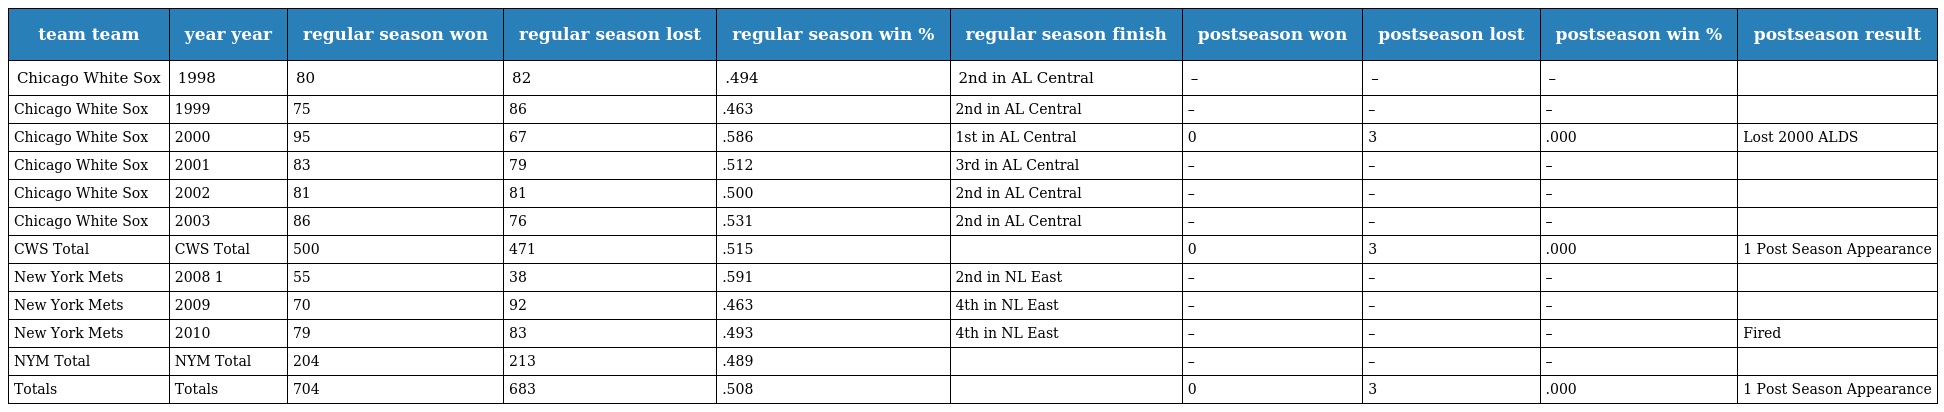
| team team | year year | regular season won | regular season lost | regular season win % | regular season finish | postseason won | postseason lost | postseason win % | postseason result |
 | --- | --- | --- | --- | --- | --- | --- | --- | --- | --- |
 | Chicago White Sox | 1998 | 80 | 82 | .494 | 2nd in AL Central | – | – | – |  |
 | Chicago White Sox | 1999 | 75 | 86 | .463 | 2nd in AL Central | – | – | – |  |
 | Chicago White Sox | 2000 | 95 | 67 | .586 | 1st in AL Central | 0 | 3 | .000 | Lost 2000 ALDS |
 | Chicago White Sox | 2001 | 83 | 79 | .512 | 3rd in AL Central | – | – | – |  |
 | Chicago White Sox | 2002 | 81 | 81 | .500 | 2nd in AL Central | – | – | – |  |
 | Chicago White Sox | 2003 | 86 | 76 | .531 | 2nd in AL Central | – | – | – |  |
 | CWS Total | CWS Total | 500 | 471 | .515 |  | 0 | 3 | .000 | 1 Post Season Appearance |
 | New York Mets | 2008 1 | 55 | 38 | .591 | 2nd in NL East | – | – | – |  |
 | New York Mets | 2009 | 70 | 92 | .463 | 4th in NL East | – | – | – |  |
 | New York Mets | 2010 | 79 | 83 | .493 | 4th in NL East | – | – | – | Fired |
 | NYM Total | NYM Total | 204 | 213 | .489 |  | – | – | – |  |
 | Totals | Totals | 704 | 683 | .508 |  | 0 | 3 | .000 | 1 Post Season Appearance |